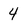
Character: 4